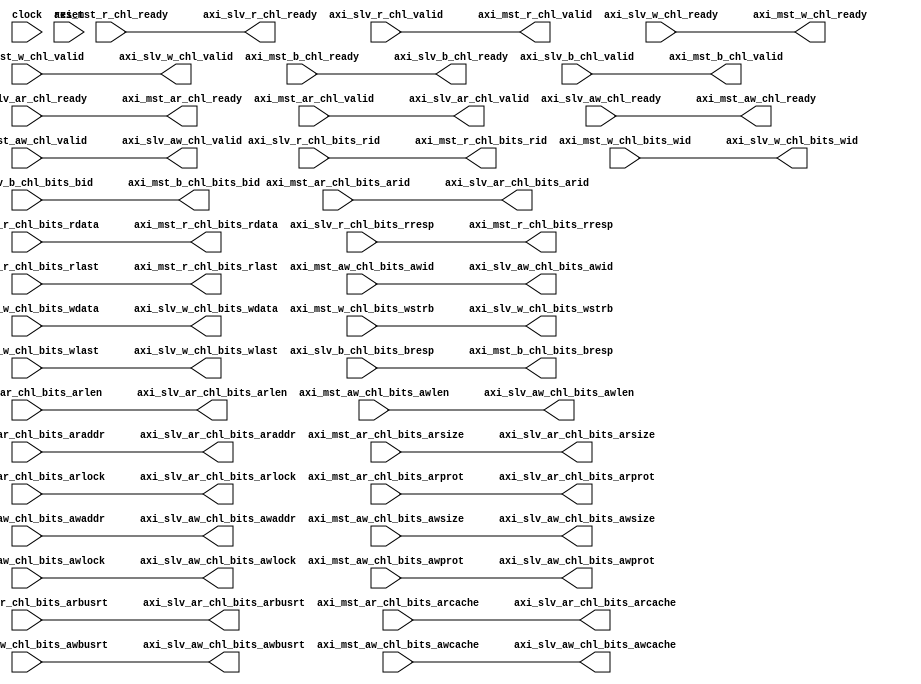
module axi_gen_test(
  input         clock,
  input         reset,
  output        axi_mst_ar_chl_ready,
  input         axi_mst_ar_chl_valid,
  input  [3:0]  axi_mst_ar_chl_bits_arid,
  input  [31:0] axi_mst_ar_chl_bits_araddr,
  input  [2:0]  axi_mst_ar_chl_bits_arsize,
  input  [3:0]  axi_mst_ar_chl_bits_arlen,
  input  [1:0]  axi_mst_ar_chl_bits_arbusrt,
  input  [1:0]  axi_mst_ar_chl_bits_arlock,
  input  [1:0]  axi_mst_ar_chl_bits_arcache,
  input  [1:0]  axi_mst_ar_chl_bits_arprot,
  input         axi_mst_r_chl_ready,
  output        axi_mst_r_chl_valid,
  output [31:0] axi_mst_r_chl_bits_rdata,
  output [3:0]  axi_mst_r_chl_bits_rid,
  output [1:0]  axi_mst_r_chl_bits_rresp,
  output        axi_mst_r_chl_bits_rlast,
  output        axi_mst_aw_chl_ready,
  input         axi_mst_aw_chl_valid,
  input  [3:0]  axi_mst_aw_chl_bits_awid,
  input  [31:0] axi_mst_aw_chl_bits_awaddr,
  input  [2:0]  axi_mst_aw_chl_bits_awsize,
  input  [3:0]  axi_mst_aw_chl_bits_awlen,
  input  [1:0]  axi_mst_aw_chl_bits_awbusrt,
  input  [1:0]  axi_mst_aw_chl_bits_awlock,
  input  [1:0]  axi_mst_aw_chl_bits_awcache,
  input  [1:0]  axi_mst_aw_chl_bits_awprot,
  output        axi_mst_w_chl_ready,
  input         axi_mst_w_chl_valid,
  input  [31:0] axi_mst_w_chl_bits_wdata,
  input  [3:0]  axi_mst_w_chl_bits_wid,
  input  [3:0]  axi_mst_w_chl_bits_wstrb,
  input         axi_mst_w_chl_bits_wlast,
  input         axi_mst_b_chl_ready,
  output        axi_mst_b_chl_valid,
  output [3:0]  axi_mst_b_chl_bits_bid,
  output [1:0]  axi_mst_b_chl_bits_bresp,
  input         axi_slv_ar_chl_ready,
  output        axi_slv_ar_chl_valid,
  output [3:0]  axi_slv_ar_chl_bits_arid,
  output [31:0] axi_slv_ar_chl_bits_araddr,
  output [2:0]  axi_slv_ar_chl_bits_arsize,
  output [3:0]  axi_slv_ar_chl_bits_arlen,
  output [1:0]  axi_slv_ar_chl_bits_arbusrt,
  output [1:0]  axi_slv_ar_chl_bits_arlock,
  output [1:0]  axi_slv_ar_chl_bits_arcache,
  output [1:0]  axi_slv_ar_chl_bits_arprot,
  output        axi_slv_r_chl_ready,
  input         axi_slv_r_chl_valid,
  input  [31:0] axi_slv_r_chl_bits_rdata,
  input  [3:0]  axi_slv_r_chl_bits_rid,
  input  [1:0]  axi_slv_r_chl_bits_rresp,
  input         axi_slv_r_chl_bits_rlast,
  input         axi_slv_aw_chl_ready,
  output        axi_slv_aw_chl_valid,
  output [3:0]  axi_slv_aw_chl_bits_awid,
  output [31:0] axi_slv_aw_chl_bits_awaddr,
  output [2:0]  axi_slv_aw_chl_bits_awsize,
  output [3:0]  axi_slv_aw_chl_bits_awlen,
  output [1:0]  axi_slv_aw_chl_bits_awbusrt,
  output [1:0]  axi_slv_aw_chl_bits_awlock,
  output [1:0]  axi_slv_aw_chl_bits_awcache,
  output [1:0]  axi_slv_aw_chl_bits_awprot,
  input         axi_slv_w_chl_ready,
  output        axi_slv_w_chl_valid,
  output [31:0] axi_slv_w_chl_bits_wdata,
  output [3:0]  axi_slv_w_chl_bits_wid,
  output [3:0]  axi_slv_w_chl_bits_wstrb,
  output        axi_slv_w_chl_bits_wlast,
  output        axi_slv_b_chl_ready,
  input         axi_slv_b_chl_valid,
  input  [3:0]  axi_slv_b_chl_bits_bid,
  input  [1:0]  axi_slv_b_chl_bits_bresp
);
  wire  temp_axi_bundle_ar_chl_ready = 1'h0; // @[axi_gen_test.scala 18:{46,46}]
  wire  temp_axi_bundle_ar_chl_valid = 1'h0; // @[axi_gen_test.scala 18:{46,46}]
  wire [3:0] temp_axi_bundle_ar_chl_bits_arid = 4'h0; // @[axi_gen_test.scala 18:{46,46}]
  wire [31:0] temp_axi_bundle_ar_chl_bits_araddr = 32'h0; // @[axi_gen_test.scala 18:{46,46}]
  wire [2:0] temp_axi_bundle_ar_chl_bits_arsize = 3'h0; // @[axi_gen_test.scala 18:{46,46}]
  wire [3:0] temp_axi_bundle_ar_chl_bits_arlen = 4'h0; // @[axi_gen_test.scala 18:{46,46}]
  wire [1:0] temp_axi_bundle_ar_chl_bits_arbusrt = 2'h0; // @[axi_gen_test.scala 18:{46,46}]
  wire [1:0] temp_axi_bundle_ar_chl_bits_arlock = 2'h0; // @[axi_gen_test.scala 18:{46,46}]
  wire [1:0] temp_axi_bundle_ar_chl_bits_arcache = 2'h0; // @[axi_gen_test.scala 18:{46,46}]
  wire [1:0] temp_axi_bundle_ar_chl_bits_arprot = 2'h0; // @[axi_gen_test.scala 18:{46,46}]
  wire  temp_axi_bundle_r_chl_ready = 1'h0; // @[axi_gen_test.scala 18:{46,46}]
  wire  temp_axi_bundle_r_chl_valid = 1'h0; // @[axi_gen_test.scala 18:{46,46}]
  wire [31:0] temp_axi_bundle_r_chl_bits_rdata = 32'h0; // @[axi_gen_test.scala 18:{46,46}]
  wire [3:0] temp_axi_bundle_r_chl_bits_rid = 4'h0; // @[axi_gen_test.scala 18:{46,46}]
  wire [1:0] temp_axi_bundle_r_chl_bits_rresp = 2'h0; // @[axi_gen_test.scala 18:{46,46}]
  wire  temp_axi_bundle_r_chl_bits_rlast = 1'h0; // @[axi_gen_test.scala 18:{46,46}]
  wire  temp_axi_bundle_aw_chl_ready = 1'h0; // @[axi_gen_test.scala 18:{46,46}]
  wire  temp_axi_bundle_aw_chl_valid = 1'h0; // @[axi_gen_test.scala 18:{46,46}]
  wire [3:0] temp_axi_bundle_aw_chl_bits_awid = 4'h0; // @[axi_gen_test.scala 18:{46,46}]
  wire [31:0] temp_axi_bundle_aw_chl_bits_awaddr = 32'h0; // @[axi_gen_test.scala 18:{46,46}]
  wire [2:0] temp_axi_bundle_aw_chl_bits_awsize = 3'h0; // @[axi_gen_test.scala 18:{46,46}]
  wire [3:0] temp_axi_bundle_aw_chl_bits_awlen = 4'h0; // @[axi_gen_test.scala 18:{46,46}]
  wire [1:0] temp_axi_bundle_aw_chl_bits_awbusrt = 2'h0; // @[axi_gen_test.scala 18:{46,46}]
  wire [1:0] temp_axi_bundle_aw_chl_bits_awlock = 2'h0; // @[axi_gen_test.scala 18:{46,46}]
  wire [1:0] temp_axi_bundle_aw_chl_bits_awcache = 2'h0; // @[axi_gen_test.scala 18:{46,46}]
  wire [1:0] temp_axi_bundle_aw_chl_bits_awprot = 2'h0; // @[axi_gen_test.scala 18:{46,46}]
  wire  temp_axi_bundle_w_chl_ready = 1'h0; // @[axi_gen_test.scala 18:{46,46}]
  wire  temp_axi_bundle_w_chl_valid = 1'h0; // @[axi_gen_test.scala 18:{46,46}]
  wire [31:0] temp_axi_bundle_w_chl_bits_wdata = 32'h0; // @[axi_gen_test.scala 18:{46,46}]
  wire [3:0] temp_axi_bundle_w_chl_bits_wid = 4'h0; // @[axi_gen_test.scala 18:{46,46}]
  wire [3:0] temp_axi_bundle_w_chl_bits_wstrb = 4'h0; // @[axi_gen_test.scala 18:{46,46}]
  wire  temp_axi_bundle_w_chl_bits_wlast = 1'h0; // @[axi_gen_test.scala 18:{46,46}]
  wire  temp_axi_bundle_b_chl_ready = 1'h0; // @[axi_gen_test.scala 18:{46,46}]
  wire  temp_axi_bundle_b_chl_valid = 1'h0; // @[axi_gen_test.scala 18:{46,46}]
  wire [3:0] temp_axi_bundle_b_chl_bits_bid = 4'h0; // @[axi_gen_test.scala 18:{46,46}]
  wire [1:0] temp_axi_bundle_b_chl_bits_bresp = 2'h0; // @[axi_gen_test.scala 18:{46,46}]
  assign axi_mst_ar_chl_ready = axi_slv_ar_chl_ready; // @[axi_gen_test.scala 23:11]
  assign axi_mst_r_chl_valid = axi_slv_r_chl_valid; // @[axi_gen_test.scala 23:11]
  assign axi_mst_r_chl_bits_rdata = axi_slv_r_chl_bits_rdata; // @[axi_gen_test.scala 23:11]
  assign axi_mst_r_chl_bits_rid = axi_slv_r_chl_bits_rid; // @[axi_gen_test.scala 23:11]
  assign axi_mst_r_chl_bits_rresp = axi_slv_r_chl_bits_rresp; // @[axi_gen_test.scala 23:11]
  assign axi_mst_r_chl_bits_rlast = axi_slv_r_chl_bits_rlast; // @[axi_gen_test.scala 23:11]
  assign axi_mst_aw_chl_ready = axi_slv_aw_chl_ready; // @[axi_gen_test.scala 23:11]
  assign axi_mst_w_chl_ready = axi_slv_w_chl_ready; // @[axi_gen_test.scala 23:11]
  assign axi_mst_b_chl_valid = axi_slv_b_chl_valid; // @[axi_gen_test.scala 23:11]
  assign axi_mst_b_chl_bits_bid = axi_slv_b_chl_bits_bid; // @[axi_gen_test.scala 23:11]
  assign axi_mst_b_chl_bits_bresp = axi_slv_b_chl_bits_bresp; // @[axi_gen_test.scala 23:11]
  assign axi_slv_ar_chl_valid = axi_mst_ar_chl_valid; // @[axi_gen_test.scala 23:11]
  assign axi_slv_ar_chl_bits_arid = axi_mst_ar_chl_bits_arid; // @[axi_gen_test.scala 23:11]
  assign axi_slv_ar_chl_bits_araddr = axi_mst_ar_chl_bits_araddr; // @[axi_gen_test.scala 23:11]
  assign axi_slv_ar_chl_bits_arsize = axi_mst_ar_chl_bits_arsize; // @[axi_gen_test.scala 23:11]
  assign axi_slv_ar_chl_bits_arlen = axi_mst_ar_chl_bits_arlen; // @[axi_gen_test.scala 23:11]
  assign axi_slv_ar_chl_bits_arbusrt = axi_mst_ar_chl_bits_arbusrt; // @[axi_gen_test.scala 23:11]
  assign axi_slv_ar_chl_bits_arlock = axi_mst_ar_chl_bits_arlock; // @[axi_gen_test.scala 23:11]
  assign axi_slv_ar_chl_bits_arcache = axi_mst_ar_chl_bits_arcache; // @[axi_gen_test.scala 23:11]
  assign axi_slv_ar_chl_bits_arprot = axi_mst_ar_chl_bits_arprot; // @[axi_gen_test.scala 23:11]
  assign axi_slv_r_chl_ready = axi_mst_r_chl_ready; // @[axi_gen_test.scala 23:11]
  assign axi_slv_aw_chl_valid = axi_mst_aw_chl_valid; // @[axi_gen_test.scala 23:11]
  assign axi_slv_aw_chl_bits_awid = axi_mst_aw_chl_bits_awid; // @[axi_gen_test.scala 23:11]
  assign axi_slv_aw_chl_bits_awaddr = axi_mst_aw_chl_bits_awaddr; // @[axi_gen_test.scala 23:11]
  assign axi_slv_aw_chl_bits_awsize = axi_mst_aw_chl_bits_awsize; // @[axi_gen_test.scala 23:11]
  assign axi_slv_aw_chl_bits_awlen = axi_mst_aw_chl_bits_awlen; // @[axi_gen_test.scala 23:11]
  assign axi_slv_aw_chl_bits_awbusrt = axi_mst_aw_chl_bits_awbusrt; // @[axi_gen_test.scala 23:11]
  assign axi_slv_aw_chl_bits_awlock = axi_mst_aw_chl_bits_awlock; // @[axi_gen_test.scala 23:11]
  assign axi_slv_aw_chl_bits_awcache = axi_mst_aw_chl_bits_awcache; // @[axi_gen_test.scala 23:11]
  assign axi_slv_aw_chl_bits_awprot = axi_mst_aw_chl_bits_awprot; // @[axi_gen_test.scala 23:11]
  assign axi_slv_w_chl_valid = axi_mst_w_chl_valid; // @[axi_gen_test.scala 23:11]
  assign axi_slv_w_chl_bits_wdata = axi_mst_w_chl_bits_wdata; // @[axi_gen_test.scala 23:11]
  assign axi_slv_w_chl_bits_wid = axi_mst_w_chl_bits_wid; // @[axi_gen_test.scala 23:11]
  assign axi_slv_w_chl_bits_wstrb = axi_mst_w_chl_bits_wstrb; // @[axi_gen_test.scala 23:11]
  assign axi_slv_w_chl_bits_wlast = axi_mst_w_chl_bits_wlast; // @[axi_gen_test.scala 23:11]
  assign axi_slv_b_chl_ready = axi_mst_b_chl_ready; // @[axi_gen_test.scala 23:11]
endmodule